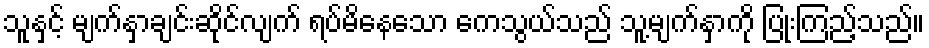
သူနှင့် မျက်နှာချင်းဆိုင်လျက် ရပ်မိနေသော ကေသွယ်သည် သူ့မျက်နှာကို ပြုံးကြည့်သည်။